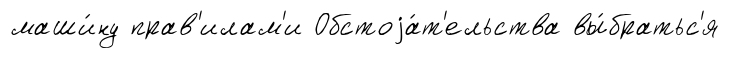
маши́ну прав'илам'и Обстоjа́т'ельства вы́братьс'я